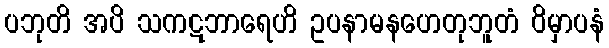
ပဘုတိ အပိ သကဋဘာရေဟိ ဥပနာမနဟေတုဘူတံ ဝိမှာပနံ